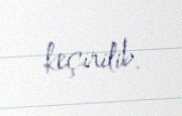
keçirilib.